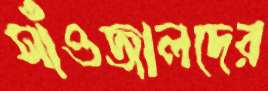
সাঁওজালদের